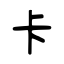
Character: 卡